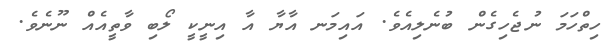
ހިތްހަމަ ނުޖެހިގެން ބުނެލިއެވެ. އައިމަނ އާޔާ އާ އިނީކީ ލޯބި ވާތީއެއް ނޫނެވެ.